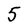
Character: 5